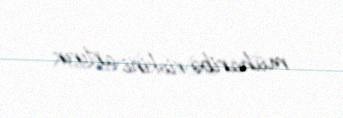
müharibə riskini artırır.